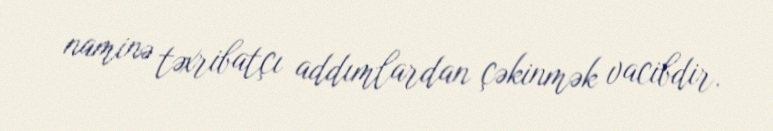
naminə təxribatçı addımlardan çəkinmək vacibdir.